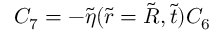
C _ { 7 } = - \tilde { \eta } ( \tilde { r } = \tilde { R } , \tilde { t } ) C _ { 6 }